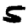
Digit: 5